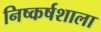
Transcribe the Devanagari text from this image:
निष्कर्षशाला